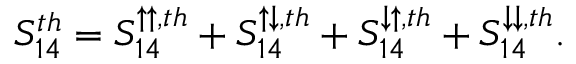
{ S _ { 1 4 } ^ { t h } = S _ { 1 4 } ^ { \uparrow \uparrow , t h } + S _ { 1 4 } ^ { \uparrow \downarrow , t h } + S _ { 1 4 } ^ { \downarrow \uparrow , t h } + S _ { 1 4 } ^ { \downarrow \downarrow , t h } } .